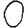
Digit: 0